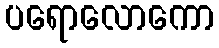
ပရောလောကော